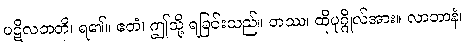
ပဋိလဘတိ၊ ရ၏။ ဧတံ၊ ဤသို့ ရခြင်းသည်။ တဿ၊ ထိုပုဂ္ဂိုလ်အား။ လာဘာနံ၊